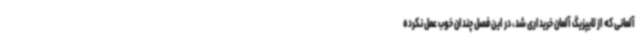
آلمانی که از لایپزیگ آلمان خریداری شد، در این فصل چندان خوب عمل نکرده